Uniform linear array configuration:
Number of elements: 8
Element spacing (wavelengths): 1
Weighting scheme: cosine
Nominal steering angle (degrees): -15
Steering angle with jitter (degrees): -16.596
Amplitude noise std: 0.05
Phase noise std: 0.05

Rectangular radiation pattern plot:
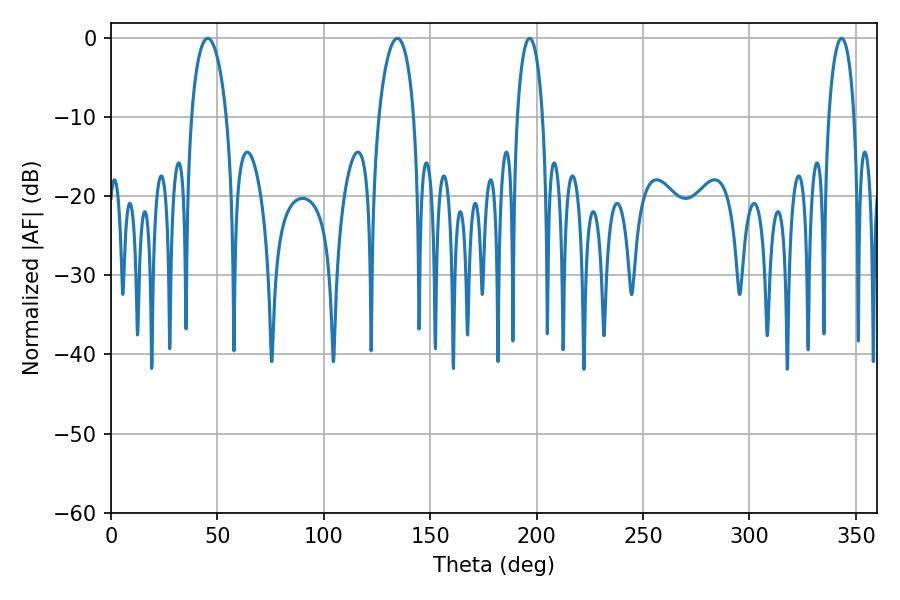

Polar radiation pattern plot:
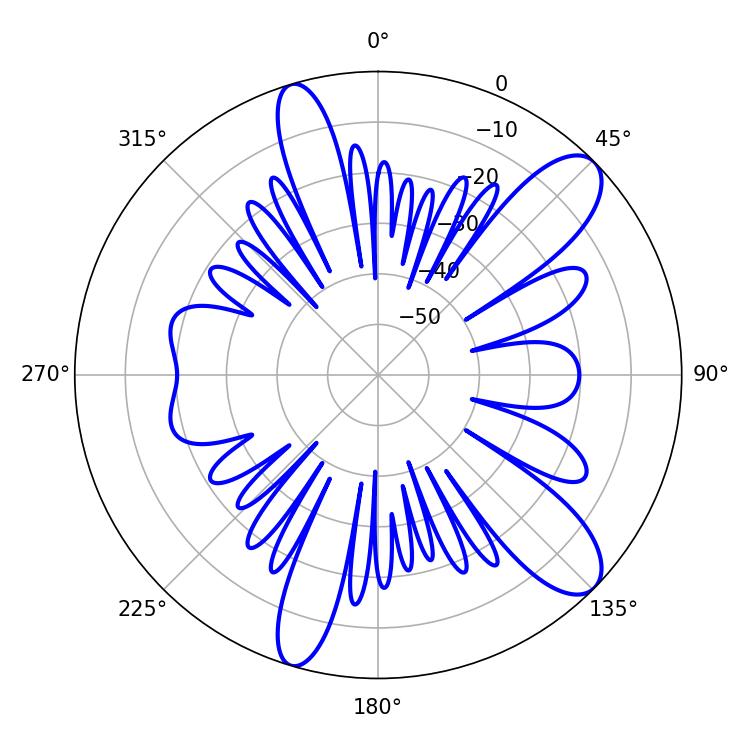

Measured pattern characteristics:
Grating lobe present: TRUE
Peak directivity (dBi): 10.609
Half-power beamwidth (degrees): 6.84
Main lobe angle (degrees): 196.74